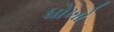
ધોખો